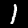
Label: 1